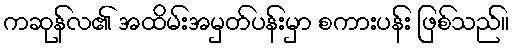
ကဆုန်လ၏ အထိမ်းအမှတ်ပန်းမှာ စကားပန်း ဖြစ်သည်။